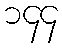
၁၄၄